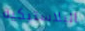
البلاستيكية